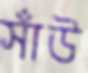
সাঁউ